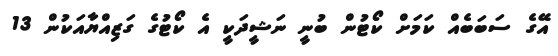
އޭގެ ސަބަބެއް ކަމަށް ކޯޓުން ބުނީ ނަޝީދަކީ އެ ކޯޓުގެ ގަޒިއްޔާއަކުން 13